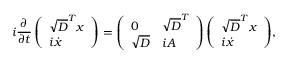
{ i \frac { \partial } { \partial t } \left( \begin{array} { l } { \sqrt { D } ^ { T } { x } } \\ { i \dot { x } } \end{array} \right) = \left( \begin{array} { l l } { 0 } & { \sqrt { D } ^ { T } } \\ { \sqrt { D } } & { i A } \end{array} \right) \left( \begin{array} { l } { \sqrt { D } ^ { T } { x } } \\ { i \dot { x } } \end{array} \right) } ,